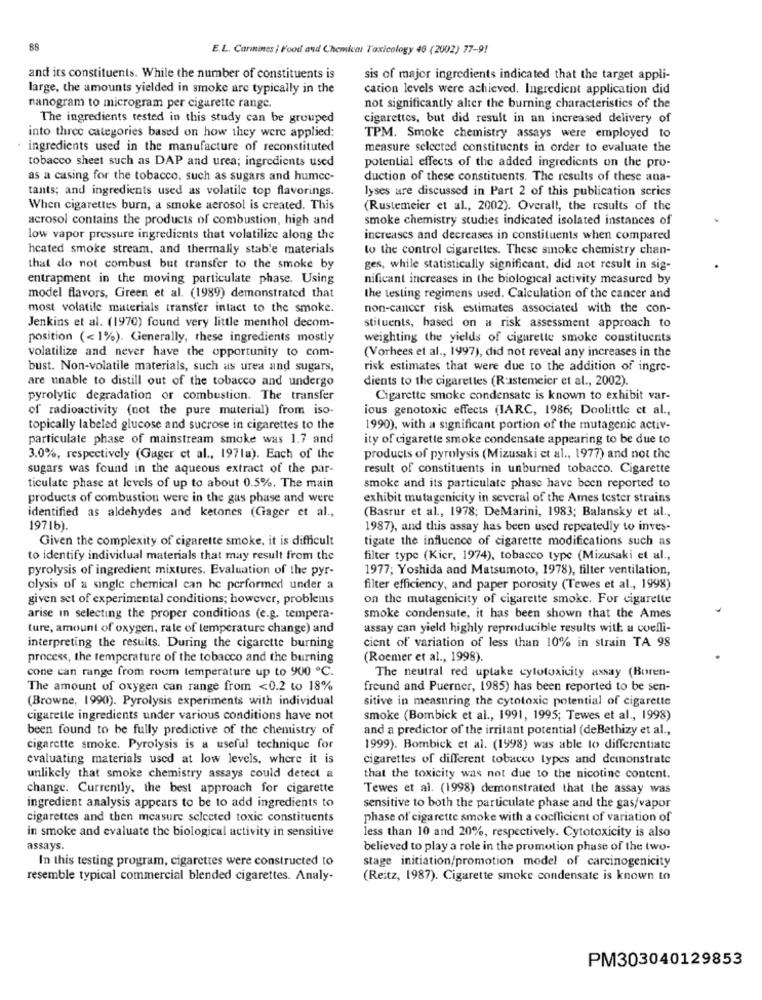
88
E.L. Carmines | Food and Chemical Toxicology 49 (2002) 77-9!
and its constituents. While the number of constituents is
sis of major ingredients indicated that the target appli-
large, the amounts yielded in smoke are typically in the
cation levels were achieved. Ingredient application did
nanogram to microgram per cigarette range.
not significantly alter the burning characteristics of the
The ingredients tested in this study can be grouped
cigarettes, but did result in an increased delivery of
into three categories based on how they were applied:
TPM. Smoke chemistry assays were employed to
· ingredients used in the manufacture of reconstituted
measure selected constituents in order to evaluate the
tobacco sheet such as DAP and urea; ingredients used
potential effects of the added ingredients on the pro-
as a casing for the tobacco, such as sugars and humcc-
duction of these constituents. The results of these ana-
tants; and ingredients used as volatile top flavorings.
lyses are discussed in Part 2 of this publication series
When cigarettes burn, a smoke aerosol is created. This
(Rustemeier et al ., 2002). Overall, the results of the
acrosol contains the products of combustion, high and
smoke chemistry studies indicated isolated instances of
low vapor pressure ingredients that volatilize along the
increases and decreases in constituents when compared
hcated smoke stream, and thermally stable materials
to the control cigarettes. These smoke chemistry chan-
that do not combust but transfer to the smoke by
ges, while statistically significant, did not result in sig-
entrapment in the moving particulate phase. Using
nificant increases in the biological activity measured by
model flavors, Green et al. (1989) demonstrated that
the testing regimens used. Calculation of the cancer and
most volatile materials transfer intact to the smoke.
non-cancer risk estimates associated with the con-
Jenkins et al. (1970) found very little menthol decom-
stituents, based on a risk assessment approach to
position (< 1%). Generally, these ingredients mostly
weighting the yields of cigarette smoke constituents
(Vorhees et al ., 1997), did not reveal any increases in the
volatilize and never have the opportunity to com-
bust. Non-volatile materials, such as urea and sugars,
risk estimates that were due to the addition of ingre-
are unable to distill out of the tobacco and undergo
dients to the cigarettes (R:stemeier et al ., 2002).
pyrolytic degradation or combustion. The transfer
Cigarette smoke condensate is known to exhibit var-
of radioactivity (not the pure material) from iso-
ious genotoxic effects (IARC, 1986; Doolittle et al .,
topically labeled glucose and sucrose in cigarettes to the
1990), with a significant portion of the mutagenic activ-
particulate phase of mainstream smoke was 1.7 and
ity of cigarette smoke condensate appearing to be due to
3.0%, respectively (Gager et al ., 1971a). Each of the
products of pyrolysis (Mizusaki et al ., 1977) and not the
sugars was found in the aqueous extract of the par-
result of constituents in unburned tobacco. Cigarette
ticulate phase at levels of up to about 0.5%. The main
smoke and its particulate phase have been reported to
products of combustion were in the gas phase and were
exhibit mutagenicity in several of the Ames tester strains
identified as aldehydes and ketones (Gager et al .,
(Basrur et al ., 1978; DeMarini, 1983; Balansky et al .,
1971b).
1987), and this assay has been used repeatedly to inves-
Given the complexity of cigarette smoke, it is difficult
tigate the influence of cigarette modifications such as
to identify individual materials that may result from the
filter type (Kier, 1974), tobacco type (Mizusaki et al .,
pyrolysis of ingredient mixtures. Evaluation of the pyr-
1977; Yoshida and Matsumoto, 1978), filter ventilation,
olysis of a single chemical can he performed under a
filter efficiency, and paper porosity (Tewes et al ., 1998)
given set of experimental conditions; however, problems
on the mutagenicity of cigarette smoke. For cigarette
arise in selecting the proper conditions (e.g. tempera-
smoke condensate, it has been shown that the Ames
ture, amount of oxygen, rate of temperature change) and
assay can yield highly reproducible results with a coelli-
cient of variation of less than 10% in strain TA 98
interpreting the results. During the cigarette burning
process, the temperature of the tobacco and the burning
(Roemer et al ., 1998).
cone can range from room temperature up to 900 ℃.
The neutral red uptake cytotoxicity assay (Boren-
The amount of oxygen can range from <0.2 to 18%
freund and Puerner, 1985) has been reported to be sen-
(Browne, 1990). Pyrolysis experiments with individual
sitive in measuring the cytotoxic potential of cigarette
cigarette ingredients under various conditions have not
smoke (Bombick et al ., 1991, 1995; Tewes et al ., 1998)
been found to be fully predictive of the chemistry of
and a predictor of the irritant potential (deBethizy et al .,
cigarette smoke. Pyrolysis is a useful technique for
1999). Bombick et al. (1998) was able to differentiate
evaluating materials used at low levels, where it is
cigarettes of different tobacco types and demonstrate
unlikely that smoke chemistry assays could detect a
that the toxicity was not due to the nicotine content.
change. Currently, the best approach for cigarette
Tewes et al. (1998) demonstrated that the assay was
ingredient analysis appears to be to add ingredients to
sensitive to both the particulate phase and the gas/vapor
cigarettes and then measure selected toxic constituents
phase of cigarette smoke with a cocfficient of variation of
in smoke and evaluate the biological activity in sensitive
less than 10 and 20%, respectively. Cytotoxicity is also
assays.
believed to play a role in the promotion phase of the two-
In this testing program, cigarettes were constructed to
stage initiation/promotion model of carcinogenicity
resemble typical commercial blended cigarettes. Analy-
(Reitz, 1987). Cigarette smoke condensate is known to
PM303040129853